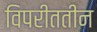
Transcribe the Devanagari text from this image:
विपरीततीन